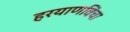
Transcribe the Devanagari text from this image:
हरयाणविंचा